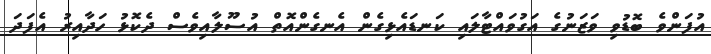
އުފަންވެ ބޮޑުވި ވަޒަނުގެ އަގުވައްޓާލައި ކަނޑައެޅިގެން އެނގެންއޮތް އުސޫލާއިވެސް ދެކޮޅު ހަދާއިރު އެފަދަ